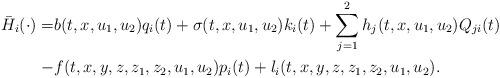
LaTeX: \begin{align*}\begin{aligned}\bar{H}_{i}(\cdot)=& b(t,x,u_1,u_2)q_i(t)+\sigma(t,x,u_1,u_2)k_i(t)+\sum_{j=1}^2h_j(t,x,u_1,u_2)Q_{ji}(t)\\-&f(t,x,y,z,z_1,z_2,u_1,u_2)p_i(t)+l_i(t,x,y,z,z_1,z_2,u_1,u_2).\\\end{aligned}\end{align*}